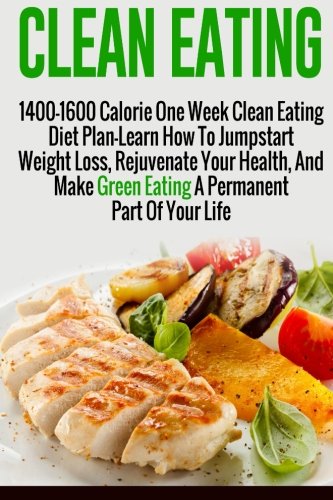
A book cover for Clean Eating: 1400-1600 Calorie One Week Clean Eating Diet Plan-Learn How To Jumpstart Weight Loss, Rejuvenate Your Health, And Make Green Eating A ... Diet And Weight Loss, Clean Eating Diet); Linda Mattson; Health, Fitness & Dieting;